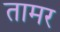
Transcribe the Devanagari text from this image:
तामर